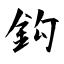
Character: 鈎